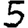
Digit: 5